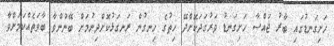
ހަށިގަނޑުގައި ބާރު ޖައްސާ ހަށިގަނޑު ވަރުގަދަކޮށްދޭ ހިތުގެ ހިނގުން ރަނގަޅުކޮށްދިނުމަށް ބޭނުންވާ ބާވަތެއްކަމަށްވާ